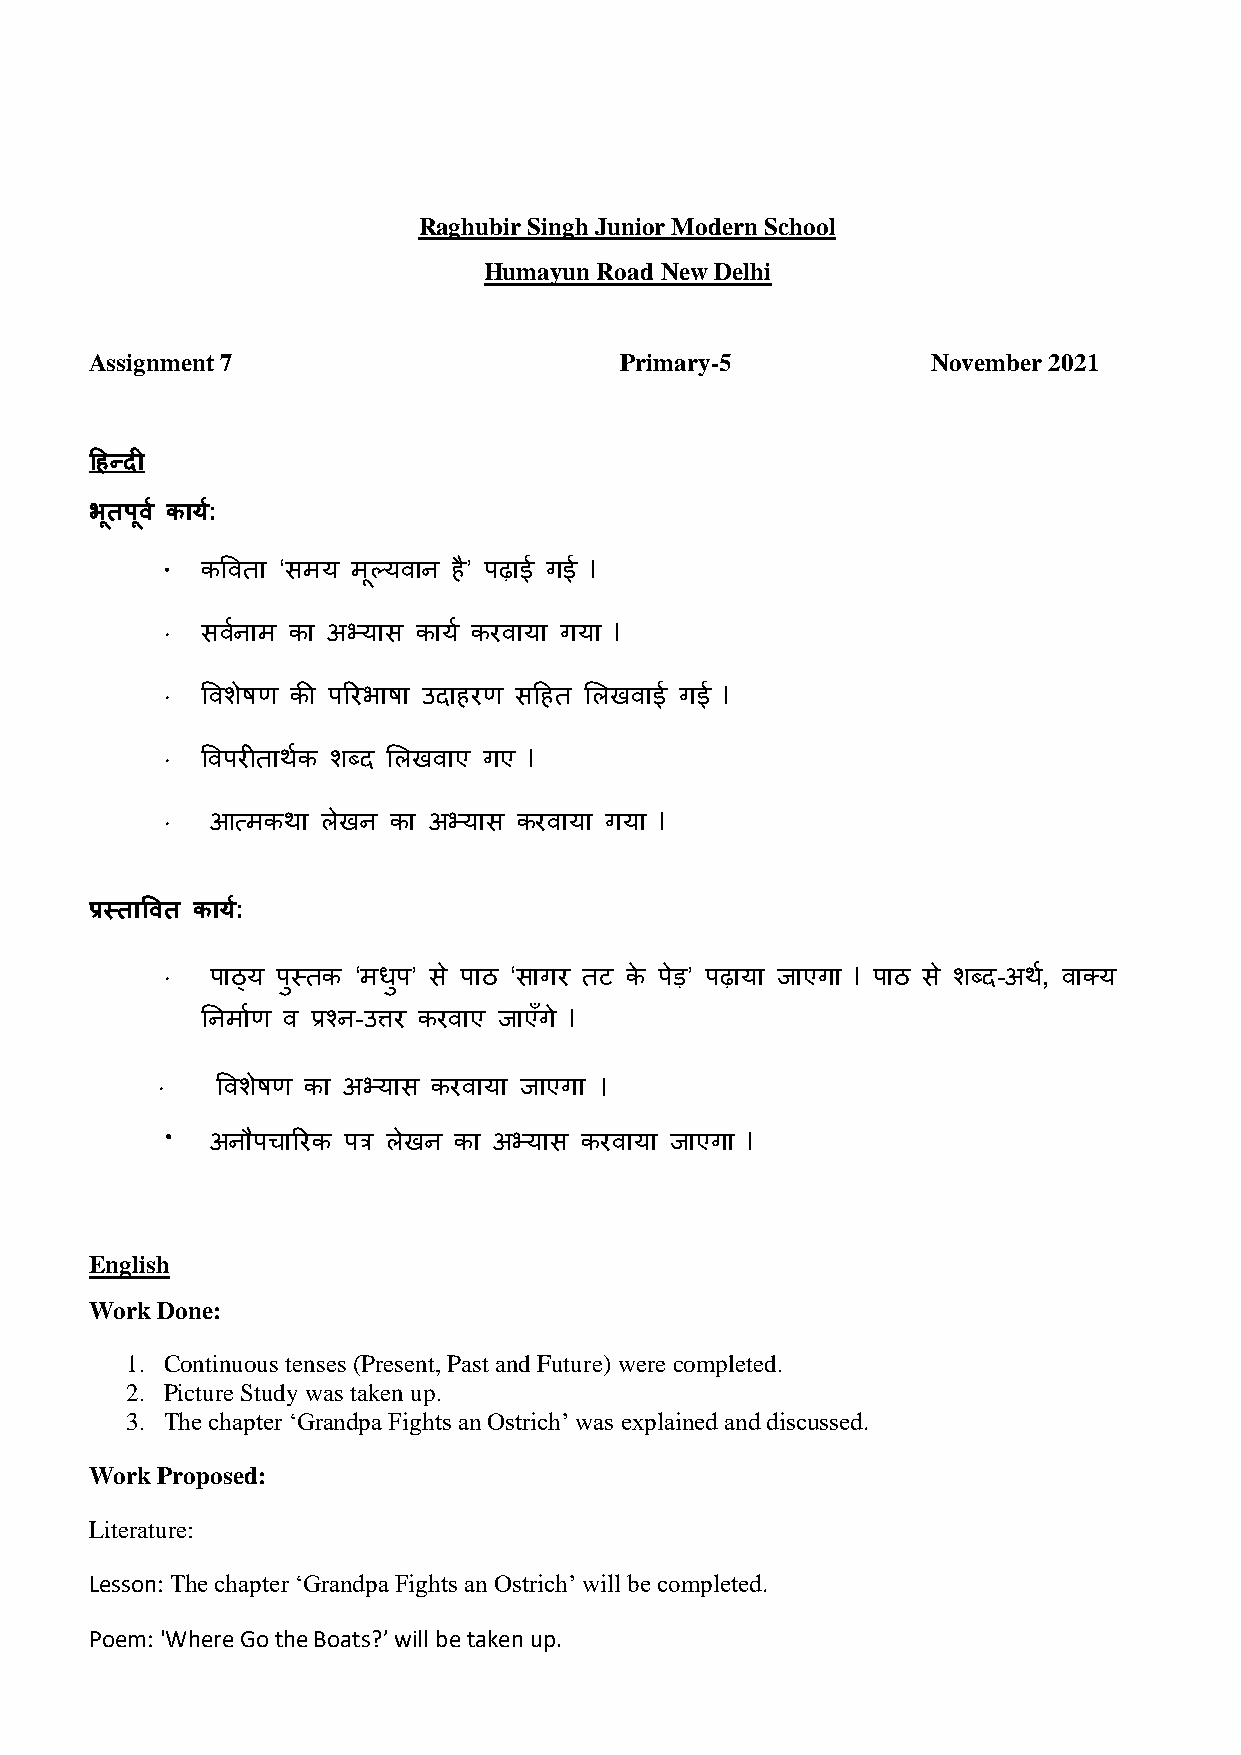
Raghubir Singh Junior Modern School
 Humayun Road New Delhi
 Assignment 7                       Primary-5            November 2021
 हिन्दी
 भूतपूर् व कार्:व
 · कविता ‘समय मूल्यिान है’ पढ़ाई गई l
 · सिनव ाम का अभ्यास काय व करिाया गया l
 · विशेषण की पररभाषा उदाहरण सहहत लिखिाई गई l
 · विपरीतार्कव शब्द लिखिाए गए l
 ·  आत्मकर्ा िेखन का अभ्यास करिाया गया l
 प्रस्तावर्त कार्:व
 ·  पाठ्य पुस्तक ‘मधुप’ से पाठ ‘सागर तट के पेड़’ पढ़ाया जाएगा l पाठ से शब्द-अर्,व िाक्य
 ननमावण ि प्रश्न-उत्तर करिाए जाएँगे l
 ·   विशेषण का अभ्यास करिाया जाएगा ।
 ·  अनौपचाररक पत्र िेखन का अभ्यास करिाया जाएगा l
 English
 Work Done:
 1. Continuous tenses (Present, Past and Future) were completed.
 2. Picture Study was taken up.
 3. The chapter ‘Grandpa Fights an Ostrich’ was explained and discussed.
 Work Proposed:
 Literature:
 Lesson: The chapter ‘Grandpa Fights an Ostrich’ will be completed.
 Poem: 'Where Go the Boats?’ will be taken up.